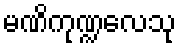
မဏိကုဏ္ဍလေသု